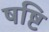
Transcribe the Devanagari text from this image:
षष्टि